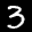
Label: 3